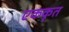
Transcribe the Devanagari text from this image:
एककृत